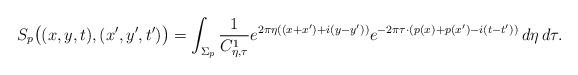
LaTeX: \begin{align*}S_p\big((x,y,t),(x',y',t')\big) = \int_{\Sigma_p} \frac{1}{C^1_{\eta,\tau}} e^{2\pi\eta((x+x')+i(y-y'))} e^{-2\pi\tau\cdot(p(x)+p(x')-i(t-t'))}\, d\eta\,d\tau.\end{align*}